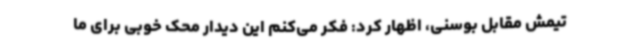
تیمش مقابل بوسنی، اظهار کرد: فکر می‌کنم این دیدار محک خوبی برای ما